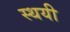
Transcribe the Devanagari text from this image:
स्‍थयी